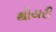
થીયરી